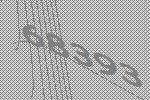
68393